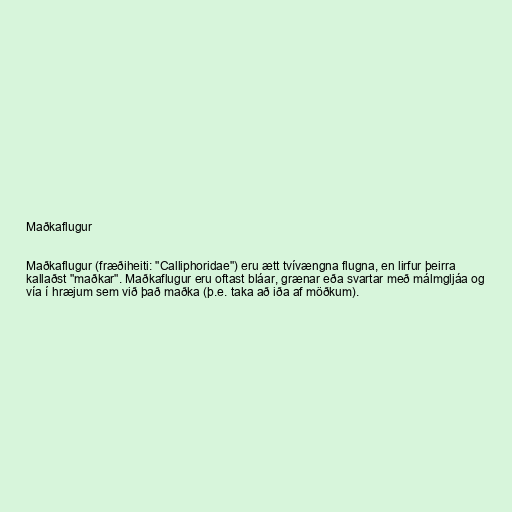
Maðkaflugur

Maðkaflugur (fræðiheiti: "Calliphoridae") eru ætt tvívængna flugna, en lirfur þeirra
kallaðst "maðkar". Maðkaflugur eru oftast bláar, grænar eða svartar með málmgljáa og
vía í hræjum sem við það maðka (þ.e. taka að iða af möðkum).